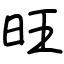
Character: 旺